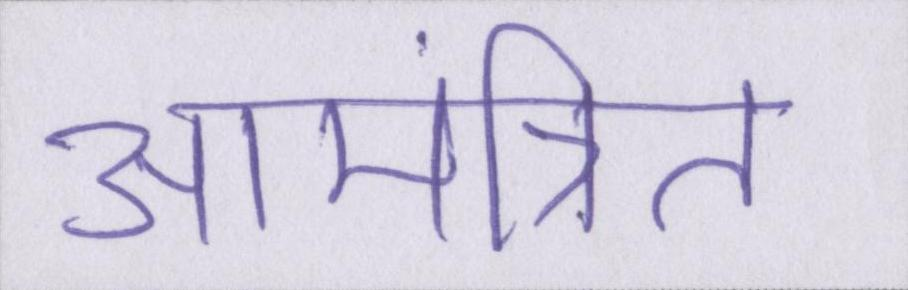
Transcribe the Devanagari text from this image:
आमंत्रित